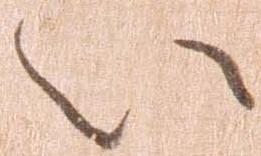
い